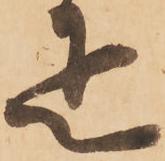
疋